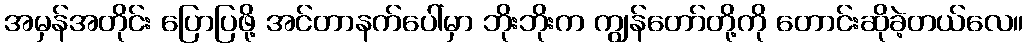
အမှန်အတိုင်း ပြောပြဖို့ အင်တာနက်ပေါ်မှာ ဘိုးဘိုးက ကျွန်တော်တို့ကို တောင်းဆိုခဲ့တယ်လေ။